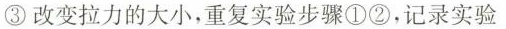
③改变拉力的大小，重复实验步骤①②，记录实验